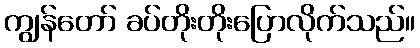
ကျွန်တော် ခပ်တိုးတိုးပြောလိုက်သည်။